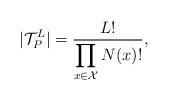
LaTeX: \begin{align*}|\mathcal{T}_{P}^{L}| = \frac{L!}{\displaystyle \prod_{x \in \mathcal{X}} N(x)!} ,\end{align*}